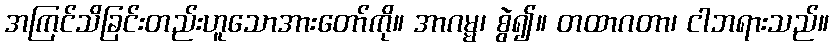
အကြင်သိခြင်းတည်းဟူသောအားတော်ကို။ အာဂမ္မ၊ စွဲ၍။ တထာဂတာ၊ ငါဘရားသည်။